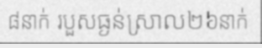
៨នាក់ របួសធ្ងន់ស្រាល២៦នាក់